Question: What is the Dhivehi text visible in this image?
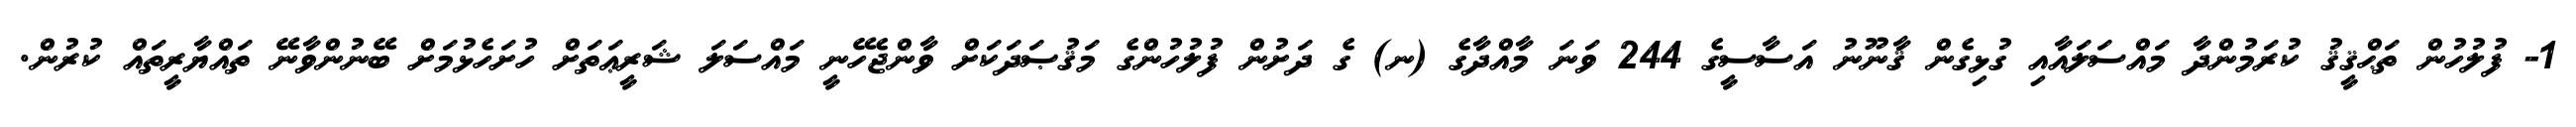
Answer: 1- ފުލުހުން ތަޙްޤީޤު ކުރަމުންދާ މައްސަލައާއި ގުޅިގެން ޤާނޫނު އަސާސީގެ 244 ވަނަ މާއްދާގެ (ނ) ގެ ދަށުން ފުލުހުންގެ މަޤުޞަދަކަށް ވާންޖެހޭނީ މައްސަލަ ޝަރީޢަތަށް ހުށަހެޅުމަށް ބޭނުންވާނޭ ތައްޔާރީތައް ކުރުން.